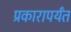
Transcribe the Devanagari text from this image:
प्रकारापर्यंत